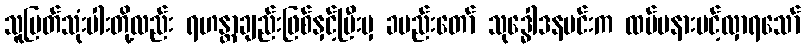
သူမြတ်သုံးပါးတို့လည်း ရဟန္တာချည်းဖြစ်နှင့်ပြီးမှ ခမည်းတော် သုဒ္ဓေါဒနမင်းက ထပ်မနားပင့်လှာရသော်